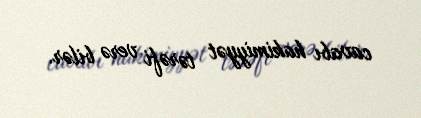
cavabı hakimiyyət tərəfi verə bilər.